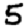
Digit: 5